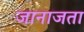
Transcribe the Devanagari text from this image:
जानाजता